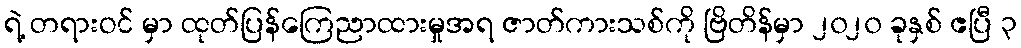
ရဲ့ တရားဝင် မှာ ထုတ်ပြန်ကြေညာထားမှုအရ ဇာတ်ကားသစ်ကို ဗြိတိန်မှာ ၂၀၂၀ ခုနှစ် ဧပြီ ၃